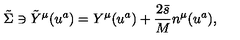
\tilde { \Sigma } \ni \tilde { Y } ^ { \mu } ( u ^ { a } ) = Y ^ { \mu } ( u ^ { a } ) + \frac { 2 \bar { s } } { M } n ^ { \mu } ( u ^ { a } ) ,